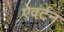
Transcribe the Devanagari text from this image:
ऐवर्टन